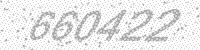
Solution: 660422